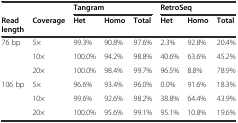
|  |  | <COLSPAN=3> Tangram | <COLSPAN=3> RetroSeq |
 | Read length | Coverage | Het | Homo | Total | Het | Homo | Total |
 | --- | --- | --- | --- | --- | --- | --- | --- |
 | <ROWSPAN=3> 76 bp | 5× | 99.3% | 90.8% | 97.6% | 2.3% | 92.8% | 20.4% |
 | 10× | 100.0% | 94.2% | 98.8% | 40.6% | 63.6% | 45.2% |
 | 20× | 100.0% | 98.4% | 99.7% | 96.5% | 8.8% | 78.9% |
 | <ROWSPAN=3> 106 bp | 5× | 96.6% | 93.4% | 96.0% | 0.0% | 91.6% | 18.3% |
 | 10× | 99.6% | 92.6% | 98.2% | 38.8% | 64.4% | 43.9% |
 | 20× | 100.0% | 95.6% | 99.1% | 95.1% | 10.8% | 19.6% |